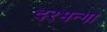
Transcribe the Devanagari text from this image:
दरभन्गा